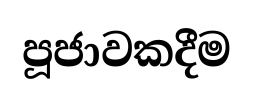
පූජාවකදීම